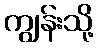
ကျွန်းသို့